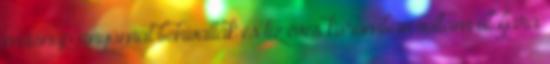
másnap anyámat behívatták és tíz éves koromban voltam utoljára